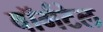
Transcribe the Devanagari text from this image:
वॉर्मटेल